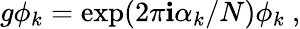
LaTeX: g\phi_{k}=\exp(2\pi\mathbf{i}\alpha_{k}/N)\phi_{k}~,